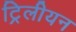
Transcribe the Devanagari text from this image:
ट्रिलीयन